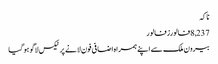
ناکہ
8,237فالورزفالور
بیرون ملک سے اپنے ہمراہ اضافی فون لانے پر ٹیکس لاگو ہو گیا